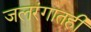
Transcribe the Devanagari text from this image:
जलरंगातही